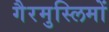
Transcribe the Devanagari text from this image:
गैरमुस्लिमों